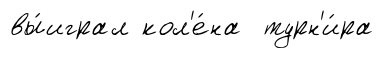
вы́играл кол'е́на турн'и́ра